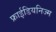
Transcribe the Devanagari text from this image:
फ्राईडियनिज्म